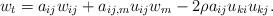
LaTeX: \begin{align*} w_t=a_{ij} w_{ij} + a_{ij,m}u_{ij}w_m-2\rho a_{ij}u_{ki}u_{kj}.\end{align*}